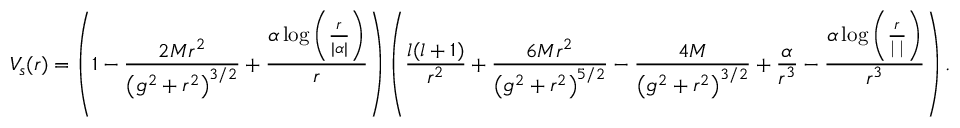
V _ { s } ( r ) = \left( 1 - \frac { 2 M r ^ { 2 } } { \left( g ^ { 2 } + r ^ { 2 } \right) ^ { 3 / 2 } } + \frac { \alpha \log \left( \frac { r } { \vert \alpha \vert } \right) } { r } \right) \left( \frac { l ( l + 1 ) } { r ^ { 2 } } + \frac { 6 M r ^ { 2 } } { \left( g ^ { 2 } + r ^ { 2 } \right) ^ { 5 / 2 } } - \frac { 4 M } { \left( g ^ { 2 } + r ^ { 2 } \right) ^ { 3 / 2 } } + \frac { \alpha } { r ^ { 3 } } - \frac { \alpha \log \left( \frac { r } { \operatorname { \vert \alpha \vert } } \right) } { r ^ { 3 } } \right) .